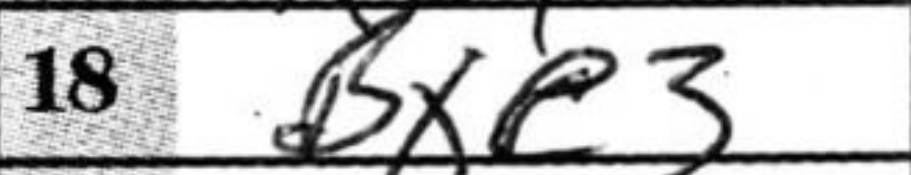
Transcription: Bxe3